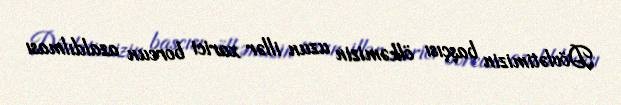
Dövlətimizin başçısı ölkəmizin uzun illər xarici borcun azaldılması